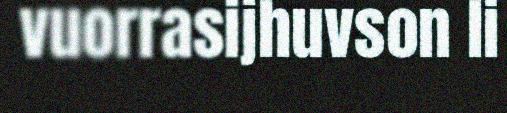
vuorrasijhuvson li